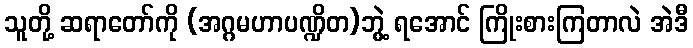
သူတို့ ဆရာတော်ကို (အဂ္ဂမဟာပဏ္ဍိတ)ဘွဲ့ ရအောင် ကြိုးစားကြတာလဲ အဲဒီ